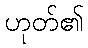
ဟုတ်၏